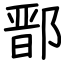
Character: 鄑